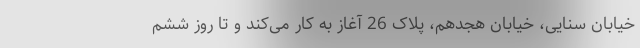
خیابان سنایی، خیابان هجدهم، پلاک 26 آغاز به کار می‌کند و تا روز ششم